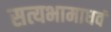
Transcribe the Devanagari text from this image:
सत्यभामाधवं